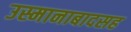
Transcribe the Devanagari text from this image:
उस्मानाबादसह